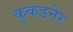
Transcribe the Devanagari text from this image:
कुकडनेर